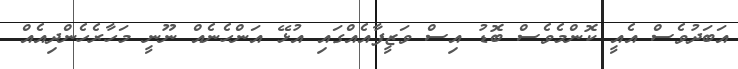
އަބަދުވެސް އެއީ ކޮންމެވެސް ބޮޑު އިސް ވަޒީފާއެއްގައި އުޅޭ އަންހެނެއް ނޫނީ މަހާރެހެންދިއެއް